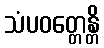
သံပဝတ္တေန္တိ